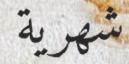
شھرية